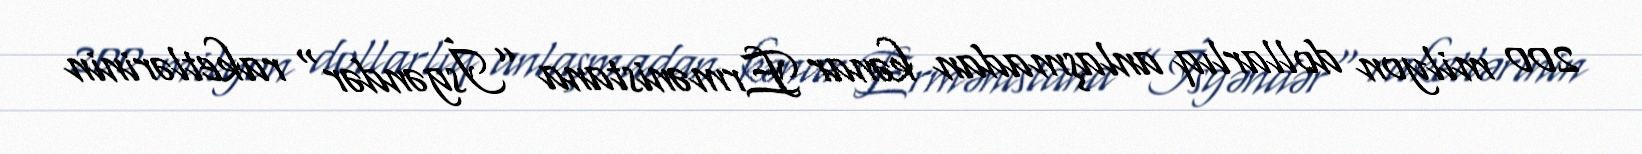
200 milyon dollarlıq anlaşmadan kənar Ermənistana ”İsgəndər" raketlərinin